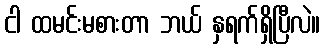
ငါ ထမင်းမစားတာ ဘယ် နှရက်ရှိပြီလဲ။